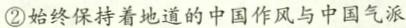
②始终保持着地道的中国作风与中国气派